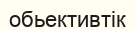
обьективтік